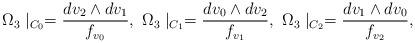
LaTeX: \begin{align*}\Omega_3\mid_{C_0}=\frac{dv_2\wedge dv_1}{f_{v_0}},~\Omega_3\mid_{C_1}=\frac{dv_0\wedge dv_2}{f_{v_1}},~\Omega_3\mid_{C_2}=\frac{dv_1\wedge dv_0}{f_{v_2}},\end{align*}